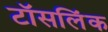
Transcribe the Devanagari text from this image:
टॉसलिंक